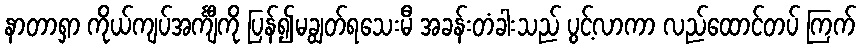
နာတာရှာ ကိုယ်ကျပ်အင်္ကျီကို ပြန်၍မချွတ်ရသေးမီ အခန်းတံခါးသည် ပွင့်လာကာ လည်ထောင်တပ် ကြက်